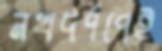
নখদর্পণেই